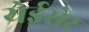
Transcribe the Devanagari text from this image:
येईसेर